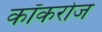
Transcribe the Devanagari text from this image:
कॉकरोज